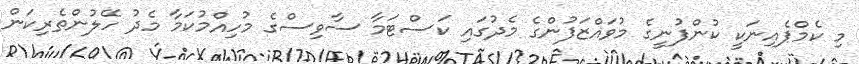
މި ކެމްޕެއިނަކީ ކުންފުނީގެ މުވައްޒަފުންގެ މެދުގައި ކަސްޓަމާ ސާވިސްގެ މުހިއްމުކަމާ މެދު ހޭލުންތެރިކަން